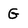
Character: G